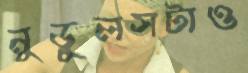
নুডুলসটাও